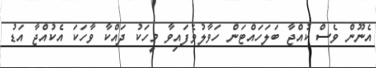
އެނޫން ވެސް ކުއްޖާ ބަލަހައްޓަން ހަވާލުވެފައިވާ މީހަކު ދައްކާ ވާހަކަ އެކުއްޖާ އަޑު